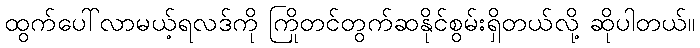
ထွက်ပေါ်လာမယ့်ရလဒ်ကို ကြိုတင်တွက်ဆနိုင်စွမ်းရှိတယ်လို့ ဆိုပါတယ်။